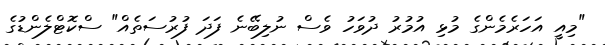
"މިއީ އަހަރެމެންގެ މުޅި އުމުރު ދުވަހު ވެސް ނުލިބޭނެ ފަދަ ފުރުސަތެއް" ސްކޮޓްލެންޑުގެ